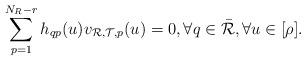
LaTeX: \begin{align*}\sum_{p=1}^{N_R-r}h_{qp}(u)v_{{\mathcal{R}},{\mathcal{T}},p}(u)=0,\forall q\in\bar{\mathcal{R}}, \forall u\in[\rho].\end{align*}